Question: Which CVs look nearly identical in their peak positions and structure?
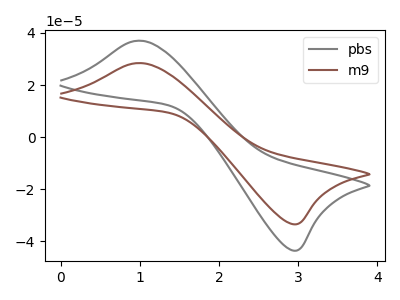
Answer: <think>The gray curve "pbs" has an anodic peak at (1.00V, 37.05uA) and a cathodic peak at (2.95V, -43.60uA). The brown curve "m9" has an anodic peak at (1.00V, 28.45uA) and a cathodic peak at (2.95V, -33.45uA).
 All the peaks in "pbs" have a peak in "m9" at the same potential. Every peak in "pbs" is higher than every peak in "m9".</think>
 <answer>"pbs" and "m9" have the same shape and are likely CV's of the same chemical.</answer>
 <eval>"pbs" "m9"</eval>